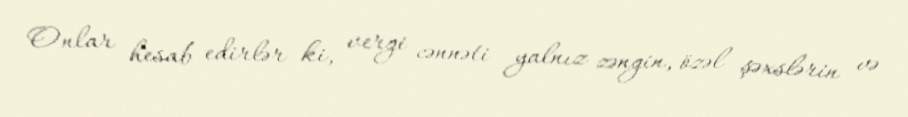
Onlar hesab edirlər ki, vergi cənnəti yalnız zəngin, özəl şəxslərin və